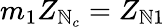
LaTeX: m_{1}Z_{\mathbb{N}_{c}}=Z_{\mathbb{N}1}